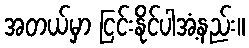
အတယ်မှာ ငြင်းနိုင်ပါအံ့နည်း။